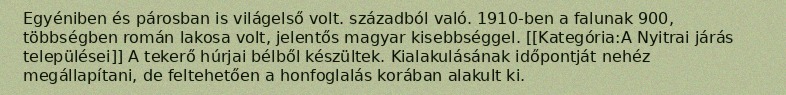
Egyéniben és párosban is világelső volt. századból való. 1910-ben a falunak 900, többségben román lakosa volt, jelentős magyar kisebbséggel. [[Kategória:A Nyitrai járás települései]] A tekerő húrjai bélből készültek. Kialakulásának időpontját nehéz megállapítani, de feltehetően a honfoglalás korában alakult ki.